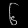
Digit: ၆